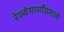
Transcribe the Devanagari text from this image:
रेल्वेमार्गांप्रमाणे